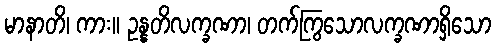
မာနာတိ၊ ကား။ ဥန္နတိလက္ခဏာ၊ တက်ကြွသောလက္ခဏာရှိသော